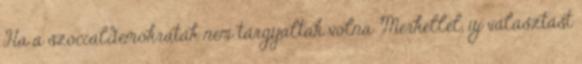
Ha a szociáldemokraták nem tárgyaltak volna Merkellel, új választást